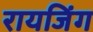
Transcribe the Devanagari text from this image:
रायजिंग